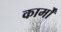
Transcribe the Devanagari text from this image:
कार्मों